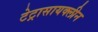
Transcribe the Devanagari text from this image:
टेट्रासायक्लीन